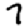
Digit: 7